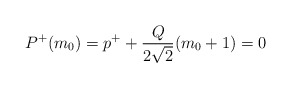
\begin{align*}P^{+}(m_0)=p^{+}+\frac{Q}{2\sqrt{2}}(m_0+1)=0\end{align*}